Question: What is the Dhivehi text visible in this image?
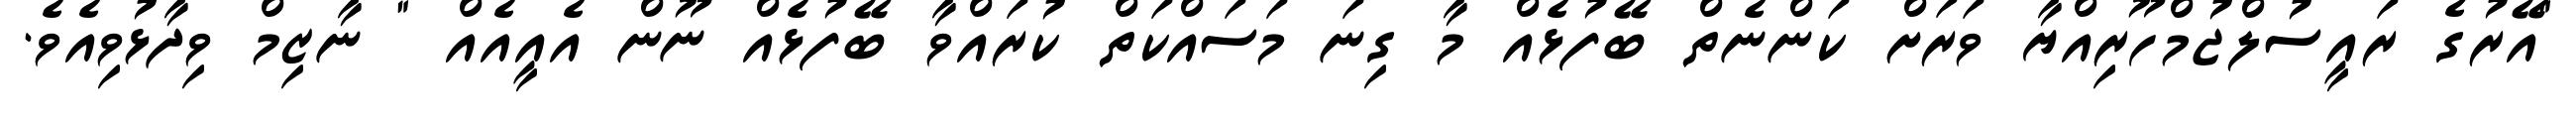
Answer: "އޭރުގެ ރައީސުލްޖުމްހޫރިއްޔާ ވަރަށް ކަންނެތް ބޭފުޅެއް މާ ގިނަ މަސައްކަތް ކުރައްވާ ބޭފުޅެއް ނޫން އެއީއެއް " ނާޒިމް ވިދާޅުވިއެވެ.